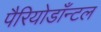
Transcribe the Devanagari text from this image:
पैरियोडाँन्टल